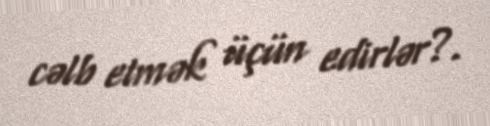
cəlb etmək üçün edirlər?.